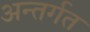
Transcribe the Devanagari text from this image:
अन्तर्गत